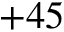
+ 4 5